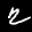
Label: 2